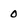
Character: o